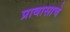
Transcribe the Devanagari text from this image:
प्रावासाचे